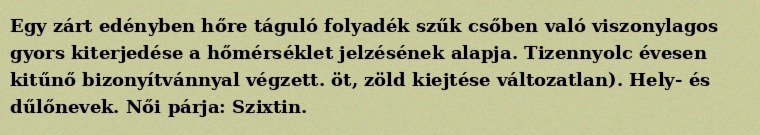
Egy zárt edényben hőre táguló folyadék szűk csőben való viszonylagos gyors kiterjedése a hőmérséklet jelzésének alapja. Tizennyolc évesen kitűnő bizonyítvánnyal végzett. öt, zöld kiejtése változatlan). Hely- és dűlőnevek. Női párja: Szixtin.